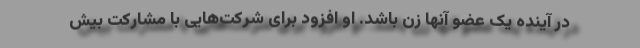
در آینده یک عضو آنها زن باشد. او افزود برای شرکت‌هایی با مشارکت بیش